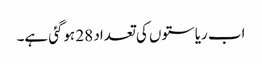
اب ریاستوں کی تعداد 28 ہوگئی ہے۔